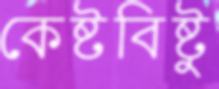
কেষ্টবিষ্টু